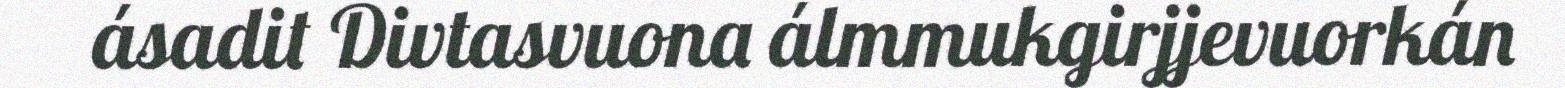
ásadit Divtasvuona álmmukgirjjevuorkán